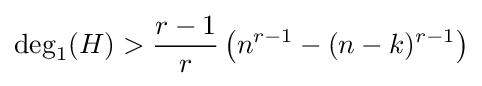
\deg _{1}(H)>{\frac {r-1}{r}}\left({n^{r-1}-(n-k)^{r-1}}\right)